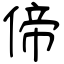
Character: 偙